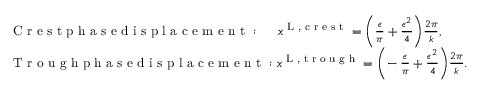
\begin{array} { r l } & { \textnormal { C r e s t p h a s e d i s p l a c e m e n t } : \, \, \, \, \, \, \, \, x ^ { \textnormal { L , c r e s t } } = \bigg ( \frac { \epsilon } { \pi } + \frac { \epsilon ^ { 2 } } { 4 } \bigg ) \frac { 2 \pi } { k } , } \\ & { \textnormal { T r o u g h p h a s e d i s p l a c e m e n t } : x ^ { \textnormal { L , t r o u g h } } = \bigg ( \! - \frac { \epsilon } { \pi } + \frac { \epsilon ^ { 2 } } { 4 } \bigg ) \frac { 2 \pi } { k } . } \end{array}